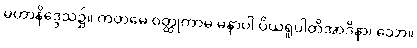
မဟာနိဒ္ဒေသ၌။ ကတမေ ဝတ္ထုကာမ မနာပါ ပိယရူပါတိအာဒိနာ၊ သော။